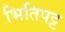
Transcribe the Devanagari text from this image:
भितिपट्ट